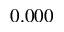
0 . 0 0 0